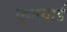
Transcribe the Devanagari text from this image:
कुल्थार्ड